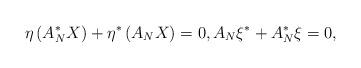
LaTeX: \begin{align*} \eta\left( A_{N}^{\ast}X\right)+\eta^{\ast}\left( A_{N}X\right)=0, A_{N}\xi^{\ast}+A_{N}^{\ast}\xi=0,\end{align*}